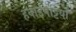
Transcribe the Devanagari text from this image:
हवाईपट्टियों